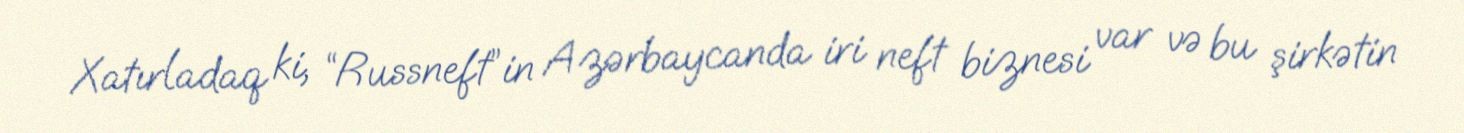
Xatırladaq ki, “Russneft”in Azərbaycanda iri neft biznesi var və bu şirkətin